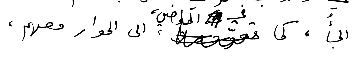
الجأ، كما في الماضي، الى الحوار معهم،